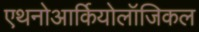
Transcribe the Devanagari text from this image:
एथनोआर्कियोलॉजिकल